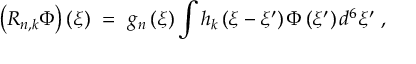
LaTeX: \left( R _ { n , k } \Phi \right) \left( \xi \right) \ = \ g _ { n } \left( \xi \right) \int h _ { k } \left( \xi - \xi ^ { \prime } \right) \Phi \left( \xi ^ { \prime } \right) d ^ { 6 } \xi ^ { \prime } \ ,